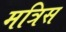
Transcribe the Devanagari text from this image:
मत्रिस